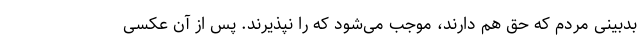
بدبینی مردم که حق هم دارند، موجب می‌شود که را نپذیرند. پس از آن عکسی